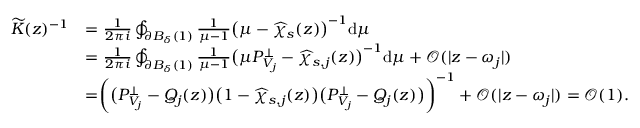
\begin{array} { r l } { \widetilde { K } ( z ) ^ { - 1 } } & { = \frac { 1 } { 2 \pi i } \oint _ { \partial B _ { \delta } ( 1 ) } \frac { 1 } { \mu - 1 } \bigr ( \mu - \widehat { \chi } _ { s } ( z ) \bigr ) ^ { - 1 } \mathrm { d } \mu } \\ & { = \frac { 1 } { 2 \pi i } \oint _ { \partial B _ { \delta } ( 1 ) } \frac { 1 } { \mu - 1 } \bigr ( \mu P _ { V _ { j } } ^ { \perp } - \widehat { \chi } _ { s , j } ( z ) \bigr ) ^ { - 1 } \mathrm { d } \mu + \mathcal { O } ( | z - \omega _ { j } | ) } \\ & { = \biggr ( \bigr ( P _ { V _ { j } } ^ { \perp } - Q _ { j } ( z ) \bigr ) \bigr ( 1 - \widehat { \chi } _ { s , j } ( z ) \bigr ) \bigr ( P _ { V _ { j } } ^ { \perp } - Q _ { j } ( z ) \bigr ) \biggr ) ^ { - 1 } + \mathcal { O } ( | z - \omega _ { j } | ) = \mathcal { O } ( 1 ) . } \end{array}